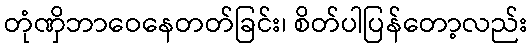
တုံဏှိဘာဝေနေတတ်ခြင်း၊ စိတ်ပါပြန်တော့လည်း